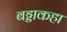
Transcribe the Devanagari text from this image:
बड्डाकहा